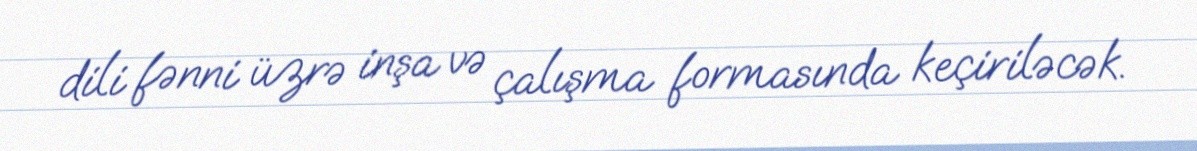
dili fənni üzrə inşa və çalışma formasında keçiriləcək.